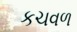
કચવળ